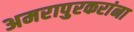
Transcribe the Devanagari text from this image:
अमरापुरकरांना